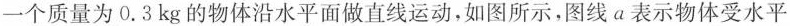
一个质量为0.3kg的物体沿水平面做直线运动，如图所示，图线a表示物体受水平